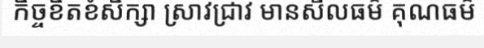
កិច្ចខិតខំសិក្សា ស្រាវជ្រាវ មានសីលធម៌ គុណធម៌